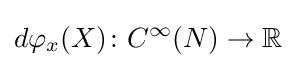
d\varphi _{x}(X)\colon C^{\infty }(N)\to \mathbb {R}